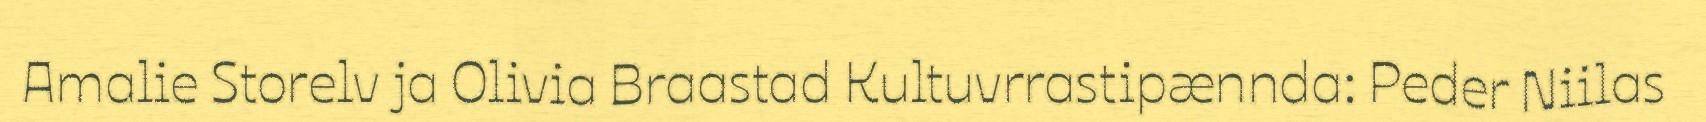
Amalie Storelv ja Olivia Braastad Kultuvrrastipænnda: Peder Niilas